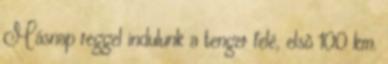
Másnap reggel indulunk a tenger felé, elsõ 100 km.